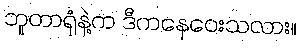
ဘူတာရုံနဲ့က ဒီကနေဝေးသလား။